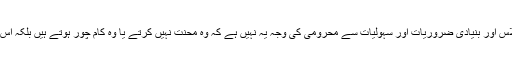
محنت کشوں کی غربت، معاشی بدحالی، بھوک وافلاس اور بنیادی ضروریات اور سہولیات سے محرومی کی وجہ یہ نہیں ہے کہ وہ محنت نہیں کرتے یا وہ کام چور ہوتے ہیں بلکہ اس کی وجہ وہ استحصال ہے جو سرمایہ دار کرتا ہے۔